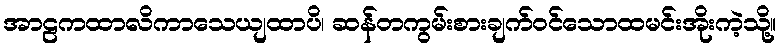
အာဠကထာလိကာသေယျထာပိ၊ ဆန်တကွမ်းစားချက်ဝင်သောထမင်းအိုးကဲ့သို့။